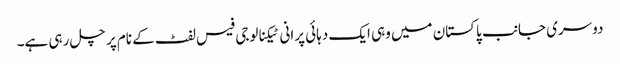
دوسری جانب پاکستان میں وہی ایک دہائی پرانی ٹیکنالوجی فیس لفٹ کے نام پر چل رہی ہے۔